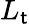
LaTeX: L_{\mathsf{t}}